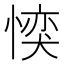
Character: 𪬜